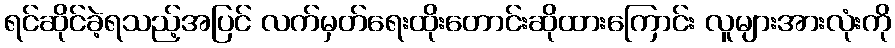
ရင်ဆိုင်ခဲ့ရသည့်အပြင် လက်မှတ်ရေးထိုးတောင်းဆိုထားကြောင်း လူများအားလုံးကို